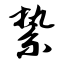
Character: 絷